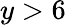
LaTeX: y>6